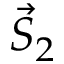
{ \vec { S } } _ { 2 }